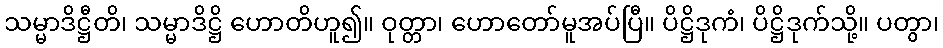
သမ္မာဒိဋ္ဌီတိ၊ သမ္မာဒိဋ္ဌိ ဟောတိဟူ၍။ ဝုတ္တာ၊ ဟောတော်မူအပ်ပြီ။ ပိဋ္ဌိဒုကံ၊ ပိဋ္ဌိဒုက်သို့။ ပတွာ၊